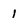
Character: 1